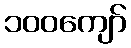
၁၀၀ကျော်